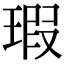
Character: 瑕